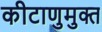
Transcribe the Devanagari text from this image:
कीटाणुमुक्त